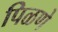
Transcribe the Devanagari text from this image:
पिळणे